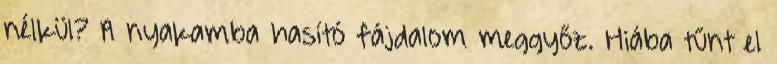
nélkül? A nyakamba hasító fájdalom meggyőz. Hiába tűnt el